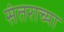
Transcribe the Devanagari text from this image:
संतराच्या